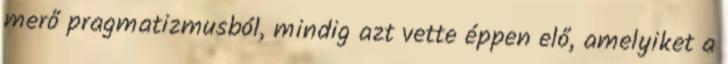
merő pragmatizmusból, mindig azt vette éppen elő, amelyiket a